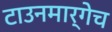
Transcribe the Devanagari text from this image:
टाउनमार्गेच